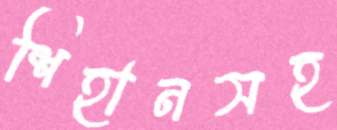
শিহানসহ